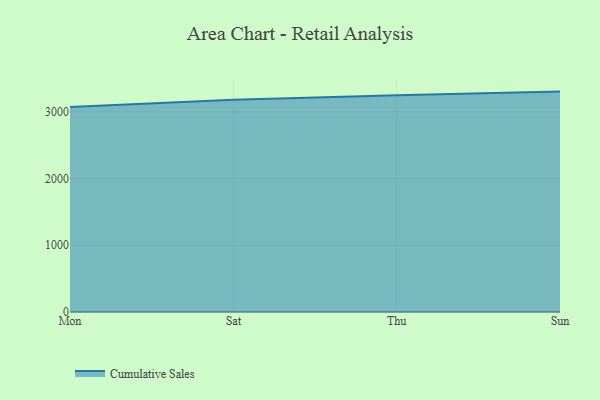
{"axis": {"x": "Day", "y": "Latency (ms)"}, "legend": ["Cumulative Sales"], "data": [{"x": "Mon", "y": 3072.3, "type": "Cumulative Sales"}, {"x": "Sat", "y": 3182.5, "type": "Cumulative Sales"}, {"x": "Thu", "y": 3249.8, "type": "Cumulative Sales"}, {"x": "Sun", "y": 3304.0, "type": "Cumulative Sales"}]}